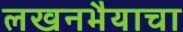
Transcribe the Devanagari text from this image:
लखनभैयाचा